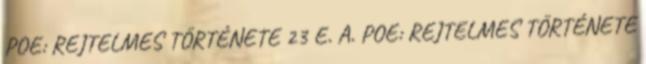
POE: REJTELMES TÖRTÉNETE 23 E. A. POE: REJTELMES TÖRTÉNETE